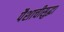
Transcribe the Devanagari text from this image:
पैशाचीसुद्धा